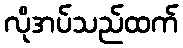
လိုအပ်သည်ထက်